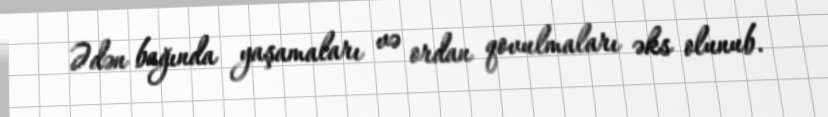
Ədən bağında yaşamaları və ordan qovulmaları əks olunub.